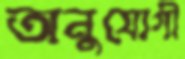
অনুযোগী